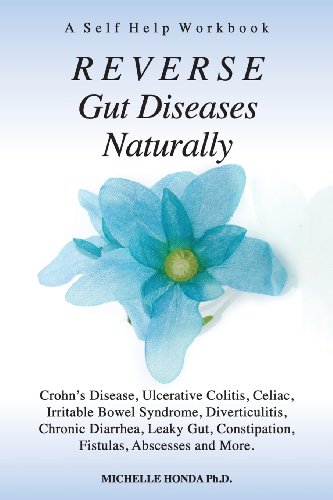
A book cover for Reverse Gut Diseases Naturally: Crohn's Disease, Ulcerative Colitis, Celiac, Irritable Bowel Syndrome, Diverticulitis, Chronic Diarrhea, Leaky Gut, Co; Michelle Honda Phd; Health, Fitness & Dieting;